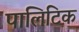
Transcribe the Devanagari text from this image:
पालिटिक